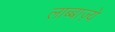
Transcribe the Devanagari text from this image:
लाब्बाज़्ये